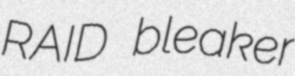
RAID bleaker